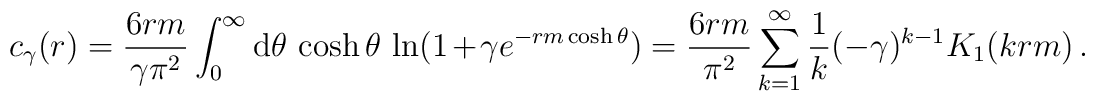
c_{\gamma}(r) =  \frac{6rm}{\gamma\pi^2} \int_0^{\infty}  {\rm d}\theta \,  \cosh \theta \,  \ln (1+ \gamma e^{- rm\cosh \theta} ) = \frac{6 rm}{ \pi^2} \sum_{k=1}^{\infty} \frac{1}{k}  (-\gamma)^{k-1} K_{1}(krm) \,.